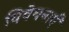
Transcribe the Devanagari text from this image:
विवेचनाएँ